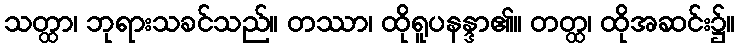
သတ္ထာ၊ ဘုရားသခင်သည်။ တဿာ၊ ထိုရူပနန္ဒာ၏။ တတ္ထ၊ ထိုအဆင်း၌။